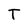
Character: T